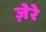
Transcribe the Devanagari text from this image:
ज़ेरे